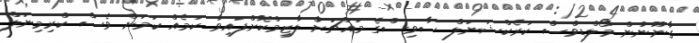
ގާނޫނުން މޯލްޑިވްސް ކަރެކްޝަނަލް ސާވިސްގެ މައްޗަށް ލާޒިމްކޮށްފައިވާ ކަމެއް ކަމަށް ވެސް ކްރިމިނަލް